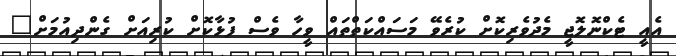
އެއީ ޓެކްނޮލޮޖީ މެދުވެރިކޮށް ކުރެވޭ މަސައްކަތްތައް ވީހާ ވެސް ފުޅާކޮށް ކުރިއަށް ގެންދިއުމަށް"